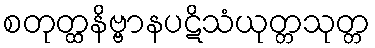
စတုတ္ထနိဗ္ဗာနပဋိသံယုတ္တသုတ္တ